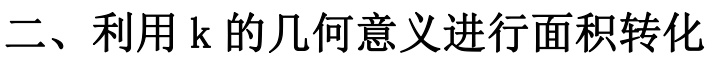
二、利用\(k\)的几何意义进行面积转化